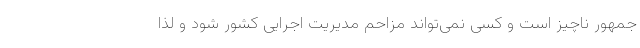
جمهور ناچیز است و کسی نمی‌تواند مزاحم مدیریت اجرایی کشور شود و لذا